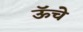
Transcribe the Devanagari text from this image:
ऊॅचे